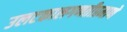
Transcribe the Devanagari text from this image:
उलटकालगणतीप्रमाणे